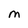
Character: M